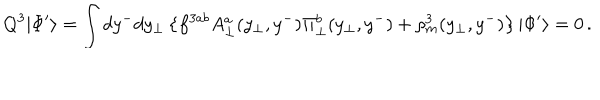
LaTeX: Q ^ { 3 } | \Phi ^ { \prime } \rangle = \int d y ^ { - } d y _ { \bot } \left\{ f ^ { 3 a b } A _ { \bot } ^ { a } ( y _ { \bot } , y ^ { - } ) \Pi _ { \bot } ^ { b } ( y _ { \bot } , y ^ { - } ) + \rho _ { m } ^ { 3 } ( y _ { \bot } , y ^ { - } ) \right\} | \Phi ^ { \prime } \rangle = 0 \, .